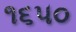
૧૬૫૦